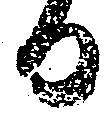
る